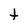
Character: t